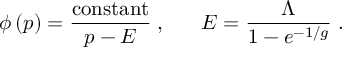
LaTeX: \phi \left( p \right) = { \frac { \mathrm { c o n s t a n t } } { p - E } } \; , \; \; \; \; \; \; E = { \frac { \Lambda } { 1 - e ^ { - 1 / g } } } \; .